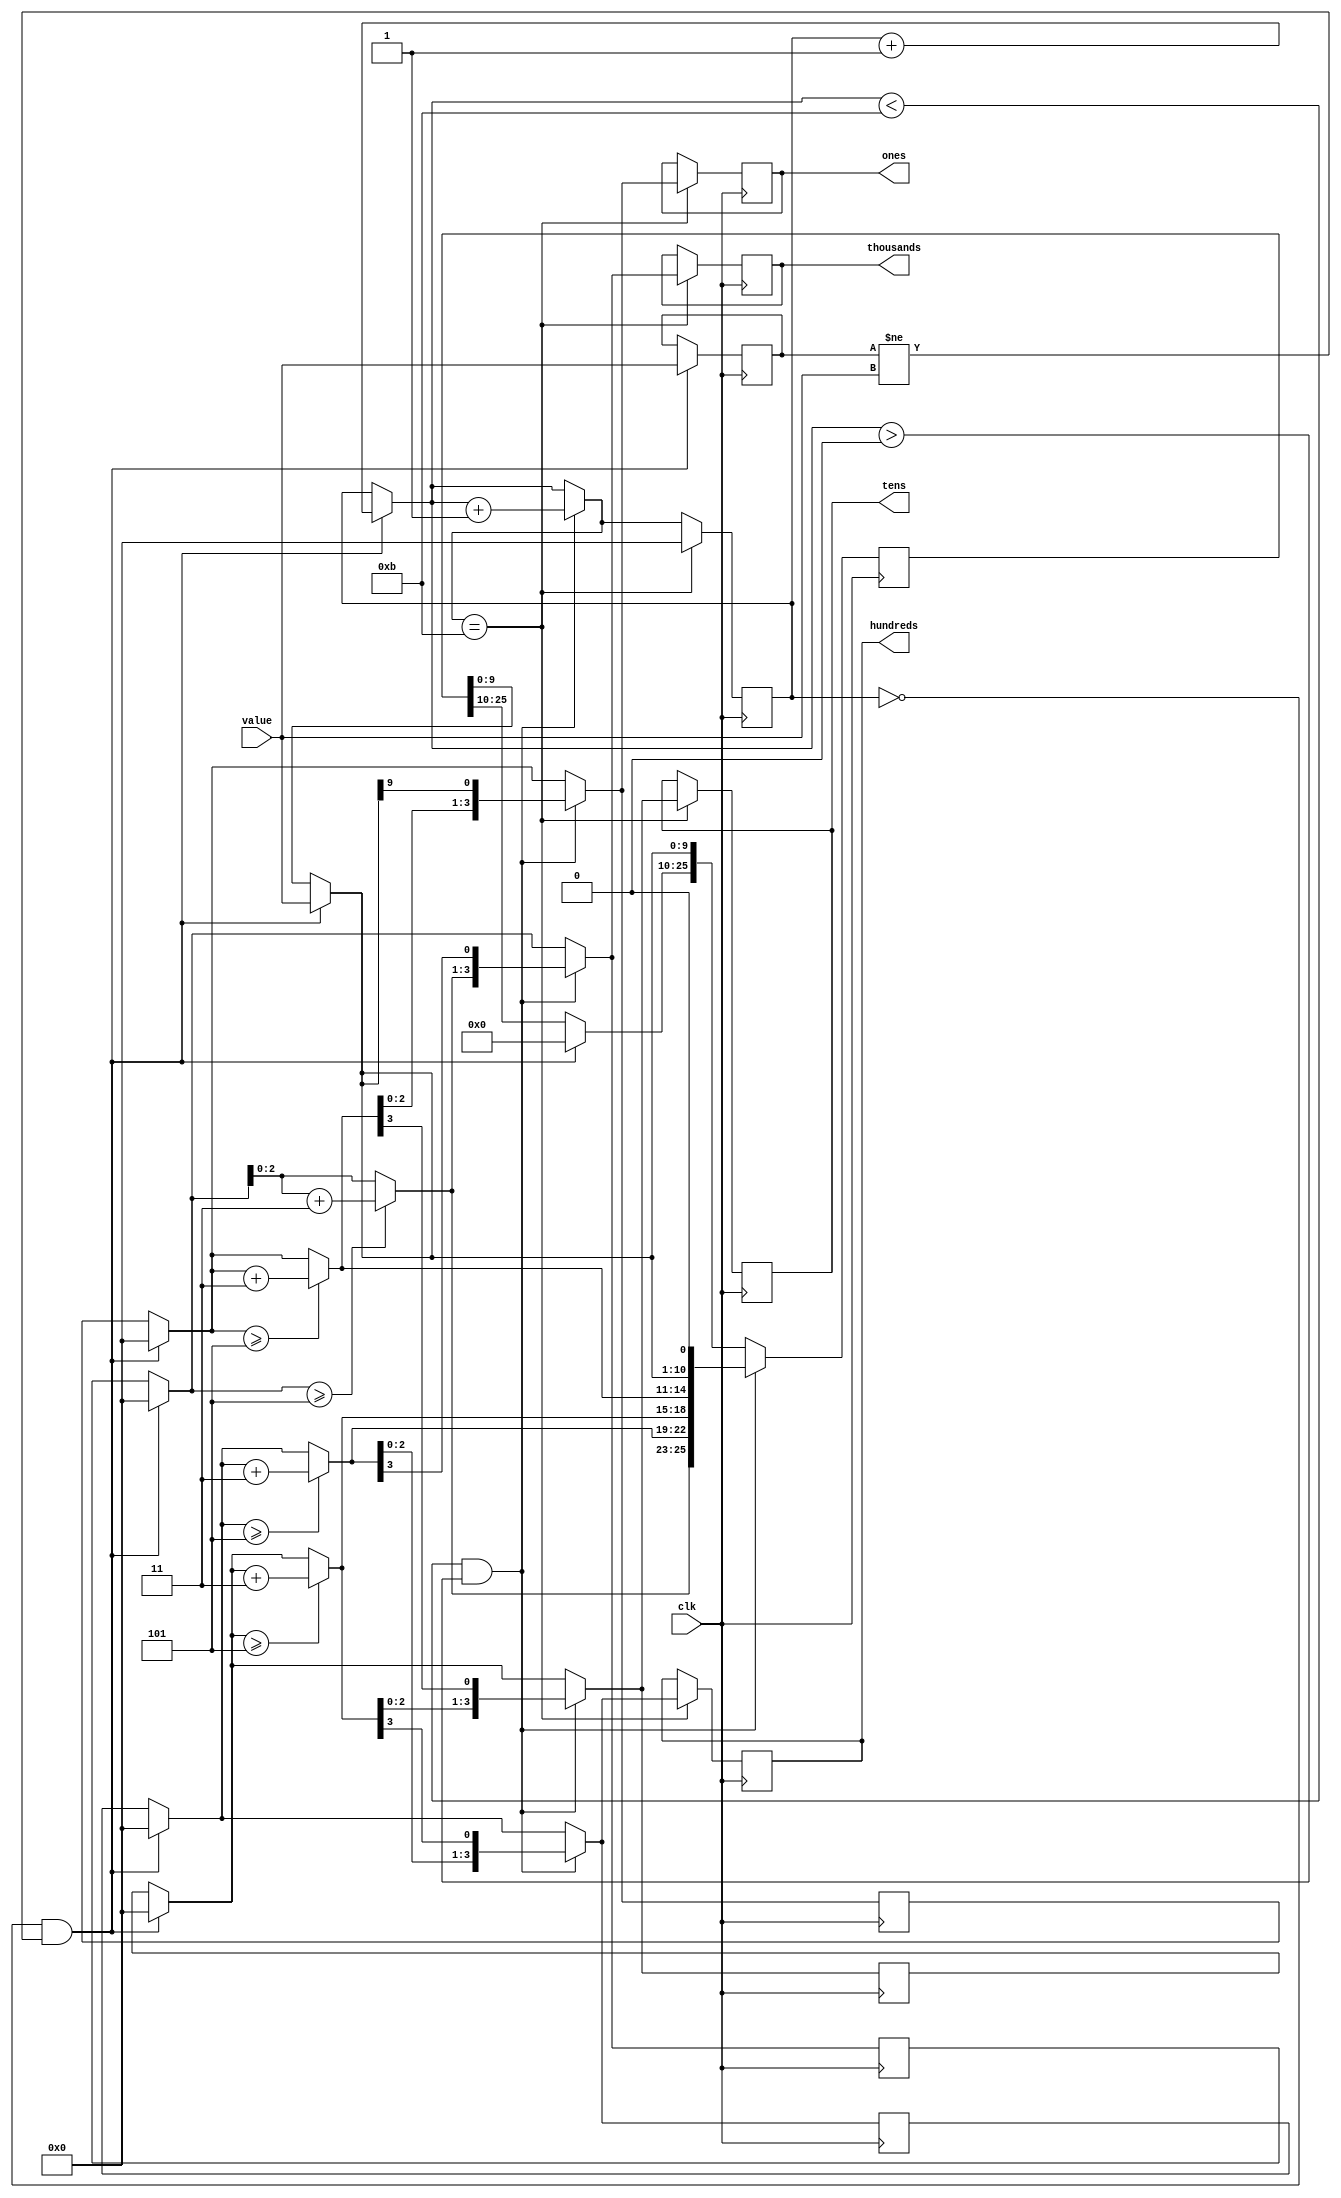

module binary_to_bcd(clk, value, ones, tens, hundreds, thousands);

input clk ;
input [9:0] value; //this will only work for 1000. needs more digits for higher

output [3:0] ones;
output [3:0] tens;
output [3:0] hundreds;
output [3:0] thousands;

reg [3:0] ones =0;
reg [3:0] tens =0;
reg [3:0] hundreds =0;
reg [3:0] thousands =0;

reg [3:0] i =0;
reg [25:0] shift =0;
// temporary registers
reg [3:0] temp_ones =0;
reg [3:0] temp_tens =0;
reg [3:0] temp_hundreds =0;
reg [3:0] temp_thousands =0;

// store [9:0] old_value until [9:0] old_value changes 
reg [9:0] old_value = 10'd0;

always @(posedge clk)
	begin
	// if value changes only then go into this if statment 
		if (i==0 & (old_value != value ))
			begin
			shift = 26'd0; // initialize shift registure to 0
			// assign the current value to the old_value
			old_value = value;
			// put 8-bit counter value into lower 8bits of the shift register 
			shift[9:0] = value;
			temp_thousands = shift[25:22];
			temp_hundreds = shift[21:18];
			temp_tens = shift[17:14];
			temp_ones = shift[13:10];
			i = i+1;
			end
			
		if (i<11 & i>0)
			begin
			// check if temp ones, tens, or hundreds are greater or equal 5
			if (temp_thousands >=5) temp_thousands = temp_thousands+3;
			if (temp_hundreds >=5) temp_hundreds = temp_hundreds+3;
			if (temp_tens >=5) temp_tens = temp_tens+3;
			if (temp_ones >=5) temp_ones = temp_ones+3;
			// put hundreds tens and ones into shift register 
			shift [25:10] = {temp_thousands, temp_hundreds, temp_tens, temp_ones};
			// then shift left by 1
			shift = shift <<1;
			// now set the new values to remporary hundreds, tens, and ones again
			temp_thousands = shift[25:22];
			temp_hundreds = shift[21:18];
			temp_tens = shift[17:14];
			temp_ones = shift[13:10];
			i = i+1; // repeat until i =11
			end
			
		if (i == 11)
			begin
			i=0;
			// assign temporary values to the actual outputs after binary to BCD conversion is complete
			ones = temp_ones;
			tens = temp_tens;
			hundreds = temp_hundreds;
			thousands = temp_thousands;
			end
	end
endmodule